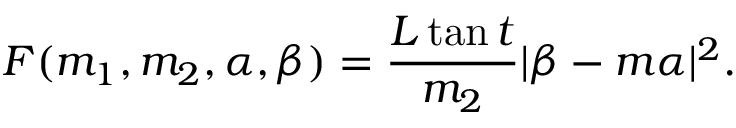
F ( m _ { 1 } , m _ { 2 } , \alpha , \beta ) = \frac { L \tan t } { m _ { 2 } } | \beta - m \alpha | ^ { 2 } .